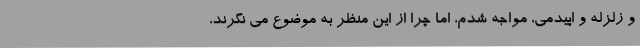
و زلزله و اپیدمی، مواجه شدم، اما چرا از این منظر به موضوع می نگرند،